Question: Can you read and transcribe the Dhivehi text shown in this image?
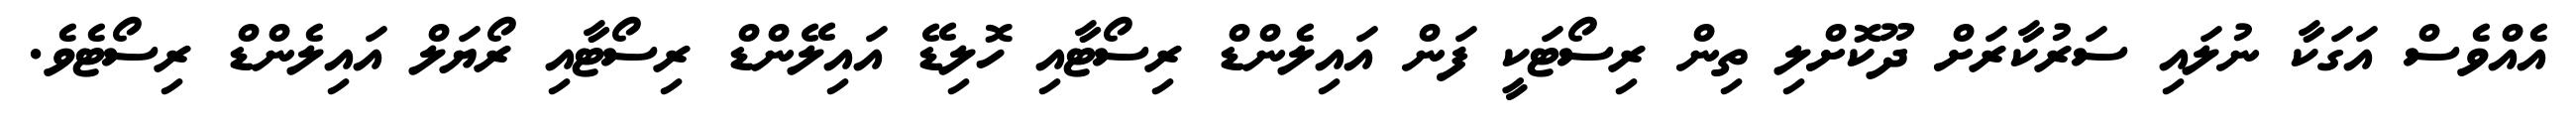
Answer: އެއްވެސް އަގަކާ ނުލައި ސަރުކާރަށް ދޫކޮށްލި ތިން ރިސޯޓަކީ ފަން އައިލެންޑް ރިސޯޓާއި ހޮލިޑޭ އައިލޭންޑް ރިސޯޓާއި ރޯޔަލް އައިލެންޑް ރިސޯޓެވެ.